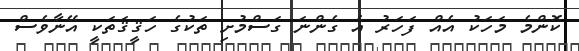
ކޮންމެ މަހަކު އެއް ފަހަރު އެ ގެންނަ ގަސްމުށި ތަކުގެ ހަޤީޤަތަކީ އޭނާވެސް